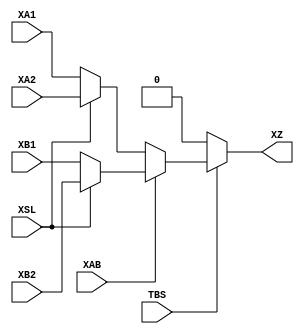
module B_FRAG (TBS, XAB, XSL, XA1, XA2, XB1, XB2, XZ);

    // This is assumed to be connected to const1 in the techmap
    input  wire TBS;

    input  wire XAB;
    input  wire XSL;
    input  wire XA1;
    input  wire XA2;
    input  wire XB1;
    input  wire XB2;

    // These timings differ whether an input inverter is on or off. To model
    // this in VPR it would require a different pb_type for each combination
    // of inverter configurations! So here we take the worst timing. See
    // bels.json for where these are taken from.
    (* DELAY_CONST_TBS="{iopath_TBS_CZ}" *)
    (* DELAY_CONST_XAB="{iopath_BAB_CZ}" *)
    (* DELAY_CONST_XSL="{iopath_BSL_CZ}" *)
    (* DELAY_CONST_XA1="{iopath_BA1_CZ}" *)
    (* DELAY_CONST_XA2="{iopath_BA2_CZ}" *)
    (* DELAY_CONST_XB1="{iopath_BB1_CZ}" *)
    (* DELAY_CONST_XB2="{iopath_BB2_CZ}" *)
    output wire XZ;
   
    specify
        (TBS => XZ) = (0,0);
        (XAB => XZ) = (0,0);
        (XSL => XZ) = (0,0);
        (XA1 => XZ) = (0,0);
        (XA2 => XZ) = (0,0);
        (XB1 => XZ) = (0,0);
        (XB2 => XZ) = (0,0);
    endspecify

    // Control parameters
    parameter [0:0] XAS1 = 1'b0;
    parameter [0:0] XAS2 = 1'b0;
    parameter [0:0] XBS1 = 1'b0;
    parameter [0:0] XBS2 = 1'b0;

    // Input routing inverters
    wire XAP1 = (XAS1) ? ~XA1 : XA1;
    wire XAP2 = (XAS2) ? ~XA2 : XA2;
    wire XBP1 = (XBS1) ? ~XB1 : XB1;
    wire XBP2 = (XBS2) ? ~XB2 : XB2;

    // 1st mux stage
    wire XAI = XSL ? XAP2 : XAP1;
    wire XBI = XSL ? XBP2 : XBP1;

    // 2nd mux stage
    wire XZI = XAB ? XBI : XAI;

    // 3rd mux stage. Note that this is fake purely to make the VPR work with
    // the actual FPGA architecture. It is assumed that TBI is always routed
    // to const1 co physically CZ is always connected to the bottom of the
    // C_FRAG.
    assign XZ = TBS ? XZI : 1'b0;

endmodule